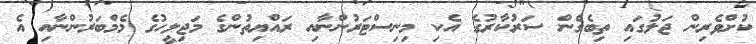
ކުށްވެރިން ޖަލުގައި ތިބެގެން ސަރުކާރުގެ އެކި މިނިސްޓަރުންނާއި ރައްޔިތުންގެ މަޖިލީހުގެ މެމްބަރުންނާއި އެ